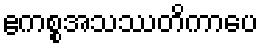
ဧကစ္စအသဿတိကာပေ